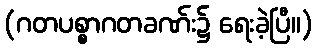
(ဂတပစ္စာဂတခဏ်း၌ ရေးခဲ့ပြီ။)